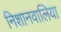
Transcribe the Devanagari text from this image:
निशानवालिया